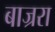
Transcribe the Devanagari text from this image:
बाज्ररा